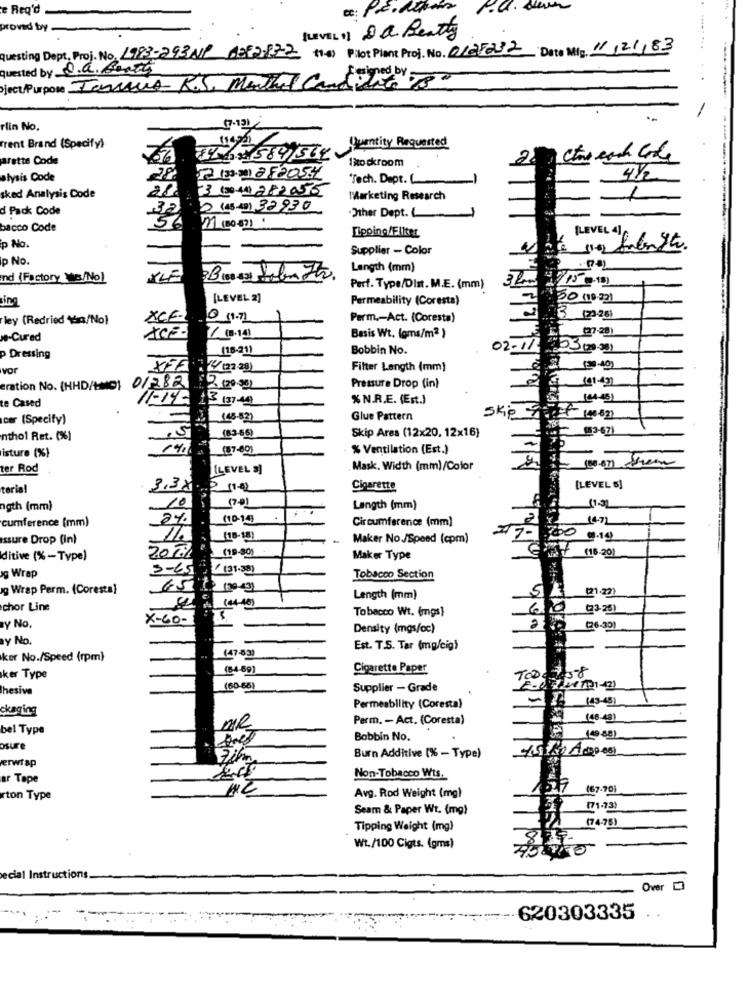
e Req'd
proved by .
(LEVEL1) Da Really
questing Dept. Proj. No. 1993-293 NP 628217-2 (1-4) Pilot Plant Proj. No. 0125232 Date Mig 11/21/83
quested by S.a. Booth
ject/Purpose Tenus R.S. Monthel Cand white .15-
---
rlin No.
17.191
--
Trent Brand (Specify)
1415584/564Quantity Requested
arette Code
Isto ckroom
213320282054
alysis Code
Tech. Depr.
41/2
3 (30.41) 282055
sked Analysis Code
Marketing Research
1
d Pack Code
32
0 (13-49) 32930
54
Other Dept.
bacco Code
M (80-87)
Tipping/Filter
[LEVEL 4]
p No.
Supplier - Color
p No.
Length (mm)
nd (Factory Was/No)
XLE
Perf. Type/Dist. M.E. (mm)
Ling
[LEVEL 2]
Permeability (Coresta)
20 (19.32)
ley (Redried \/No)
XCE-
0 11.7)
Perm .- Act. (Coresta)
(2326)
(27-28)
w-Cured
/ 18.14
Basis Wt. (oms/m2 )
(18-21)
Bobbin No.
02-11
203(2002)
p Dressing
vor
XFA
Filter Length (mm)
eration No. (HHD/+IMO) 01282
:2 (20-SE)
Pressure Drop (in)
11-14-
13 137:44
% N.R.E. (Est.)
te Cased
cer (Specify)
145-521
Glue Pattern
Skip Tof 140 822
-
nthol Ret. (%)
(83-66)
Skip Area (12x20, 12x16)
% Ventilation (Est.)
isture (%)
ter Rod
[LEVEL 3]
Mask. Width (mm)/Color
teria!
3.38.
Cigarette
[LEVEL 5]
ngth (mm)
10
Length (mm)
cumference (mm)
2%
10.14
Circumference (mm)
1472
Issure Drop (in)
(18-131
Maker No/Speed (cpm)
47-
300 019
200%
(16.20)
ditive (%-Type)
10.30)
Maker Type
3-65 1131.501
og Wrap
Tobacco Section
g Wrap Perm. (Coresta}
5 K
[21.22)
Length (mm)
chor Line
Tobacco Wt. (mgs)
60
(23-25)
X-60-
2
y No.
Density (mgs/oc)
(26.30)
y No.
Est. T.S. Tar (mg/cig)
ker No./Speed (rpm)
(47-83)
(84-89)
Cigarette Paper
ker Type
Thesive
(60-66)
Supplier - Grade
-35 (45-45)
ckaging
Permeability (Coresta)
me
Perm. - Act. (Coresta)
(48-43]
bel Type
Bobbin No.
(19881
osure
erwrap
Burn Additive [% - Type)
ar Tape
Non-Tobacco Wts.
(67-70)
rton Type
Avg. Rod Weight (mg)
Seam & Paper Wt. (mg)
(71-73)
(74-76)
Tipping Weight (mg)
8
7-
Wt./100 Cigts. (gms)
ecial Instructions
Over []
620303335